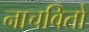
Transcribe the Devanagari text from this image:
नाचवितो